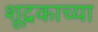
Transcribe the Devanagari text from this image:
शूद्रकाच्या